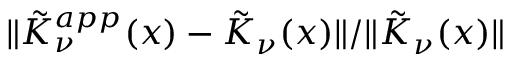
\| \tilde { K } _ { \nu } ^ { a p p } ( x ) - \tilde { K } _ { \nu } ( x ) \| / \| \tilde { K } _ { \nu } ( x ) \|